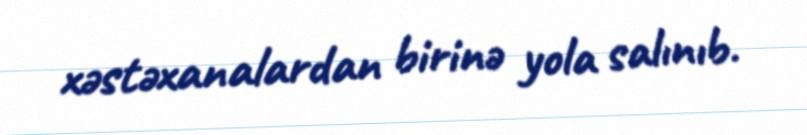
xəstəxanalardan birinə yola salınıb.